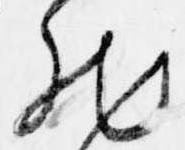
然